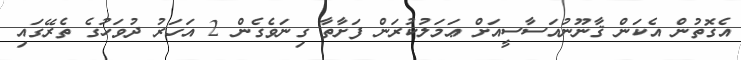
އެގޮތުން އެކަން ޤާނޫނުއަސާސީއަށް ޢަމަލުކުރަން ފަށާތާ ގިނަވެގެން 2 އަހަރު ދުވަހުގެ ތެރޭގައި